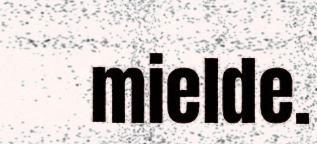
mielde.